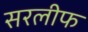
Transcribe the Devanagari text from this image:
सरलीफ